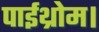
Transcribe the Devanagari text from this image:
पाईथ्रोम।